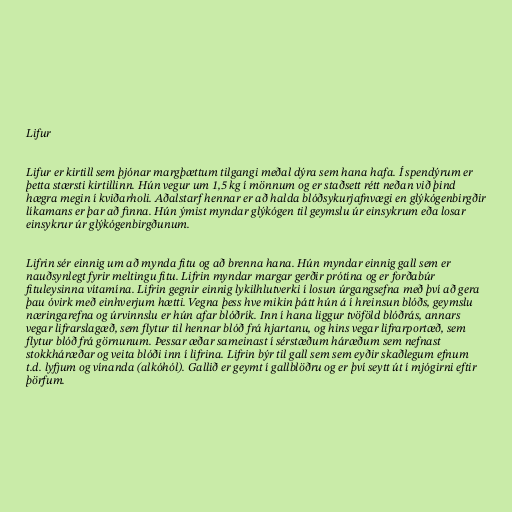
Lifur

Lifur er kirtill sem þjónar margþættum tilgangi meðal dýra sem hana hafa. Í spendýrum er
þetta stærsti kirtillinn. Hún vegur um 1,5 kg í mönnum og er staðsett rétt neðan við þind
hægra megin í kviðarholi. Aðalstarf hennar er að halda blóðsykurjafnvægi en glýkógenbirgðir
líkamans er þar að finna. Hún ýmist myndar glýkógen til geymslu úr einsykrum eða losar
einsykrur úr glýkógenbirgðunum.

Lifrin sér einnig um að mynda fitu og að brenna hana. Hún myndar einnig gall sem er
nauðsynlegt fyrir meltingu fitu. Lifrin myndar margar gerðir prótína og er forðabúr
fituleysinna vítamína. Lifrin gegnir einnig lykilhlutverki í losun úrgangsefna með því að gera
þau óvirk með einhverjum hætti. Vegna þess hve mikin þátt hún á í hreinsun blóðs, geymslu
næringarefna og úrvinnslu er hún afar blóðrík. Inn í hana liggur tvöföld blóðrás, annars
vegar lifrarslagæð, sem flytur til hennar blóð frá hjartanu, og hins vegar lifrarportæð, sem
flytur blóð frá görnunum. Þessar æðar sameinast í sérstæðum háræðum sem nefnast
stokkháræðar og veita blóði inn í lifrina. Lifrin býr til gall sem sem eyðir skaðlegum efnum
t.d. lyfjum og vínanda (alkóhól). Gallið er geymt í gallblöðru og er því seytt út í mjógirni eftir
þörfum.